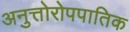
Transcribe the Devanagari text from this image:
अनुत्तोरोपपातिक